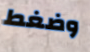
وضغط